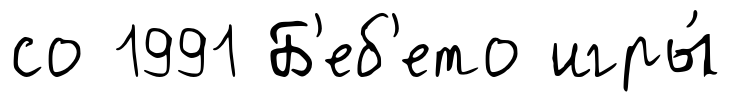
со 1991 Б'еб'ето игры́